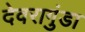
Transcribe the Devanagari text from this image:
देवरागुंडा